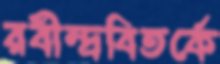
রবীন্দ্রবিতর্কে